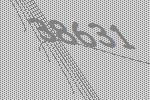
38631